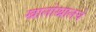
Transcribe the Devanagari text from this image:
खालोखालचे